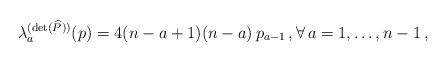
LaTeX: \begin{align*} \lambda^{(\det(\widehat P))}_a(p)=4(n-a + 1)(n - a)\,p_{a - 1}\,,\forall\,a=1,\ldots,n-1\,,\end{align*}